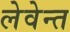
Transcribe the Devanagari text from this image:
लेवेन्त